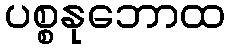
ပစ္စနုဘောထ